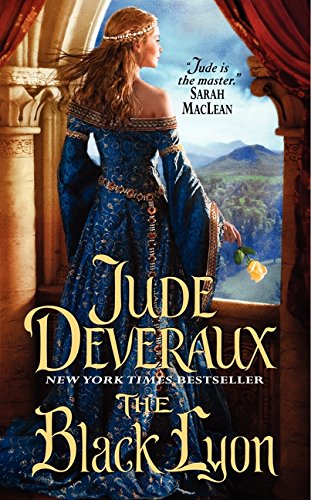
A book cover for The Black Lyon; Jude Deveraux; Romance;